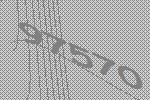
97570